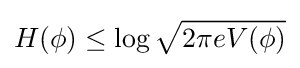
H(\phi )\leq \log {\sqrt {2\pi eV(\phi )}}